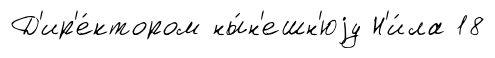
Д'ир'е́ктором ны́н'ешн'юjу Н'и́ла 18